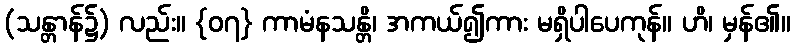
(သန္တာန်၌) လည်း။ {၀၇} ကာမံနသန္တိ၊ အကယ်၍ကား မရှိပါပေကုန်။ ဟိ၊ မှန်၏။